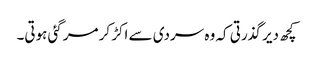
کچھ دیر گذرتی کہ وہ سردی سے اکڑ کر مرگئی ہوتی۔